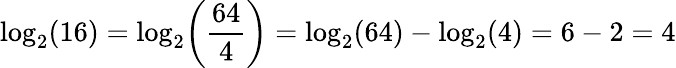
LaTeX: \log_{2}(16)=\log_{2}\! \left({\frac{64}{4}}\right)=\log_{2}(64)-\log_{2}(4)=6-2=4